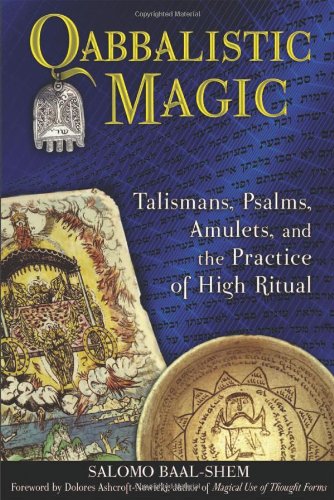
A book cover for Qabbalistic Magic: Talismans, Psalms, Amulets, and the Practice of High Ritual; Salomo Baal-Shem; Religion & Spirituality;